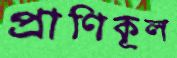
প্রাণিকূল